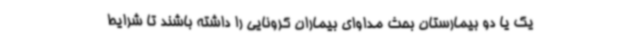
یک یا دو بیمارستان بحث مداوای بیماران کرونایی را داشته باشند تا شرایط